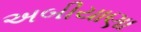
અબીયાણા